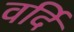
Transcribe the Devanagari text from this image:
वर्दि